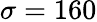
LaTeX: \sigma=160